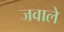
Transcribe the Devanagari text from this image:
जवाले